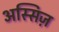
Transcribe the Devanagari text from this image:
अस्सिज़